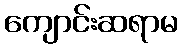
ကျောင်းဆရာမ